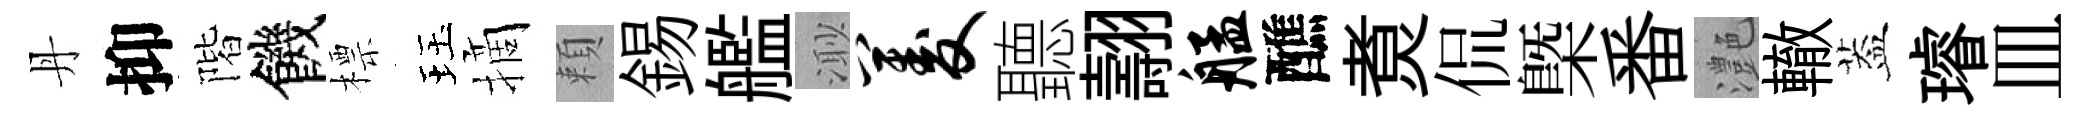
丹抑階饑標珏摘頼錫艦𣺌菱聽翿艋醮煑侃㮣番灔轍葢璿皿